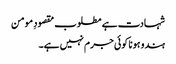
شہادت ہے مطلوب مقصودِ مومن
ہندو ہونا کوئی جرم نہیں ہے۔